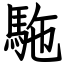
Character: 駞